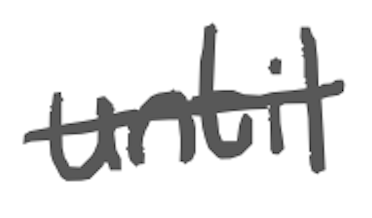
Text: until
Cross-out: single-line
Writing tool: digital_gray